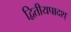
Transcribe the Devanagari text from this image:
द्वितीयपादश्